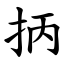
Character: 抦